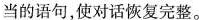
当的语句,使对话恢复完整。